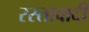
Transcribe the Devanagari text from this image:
रस्तावादी